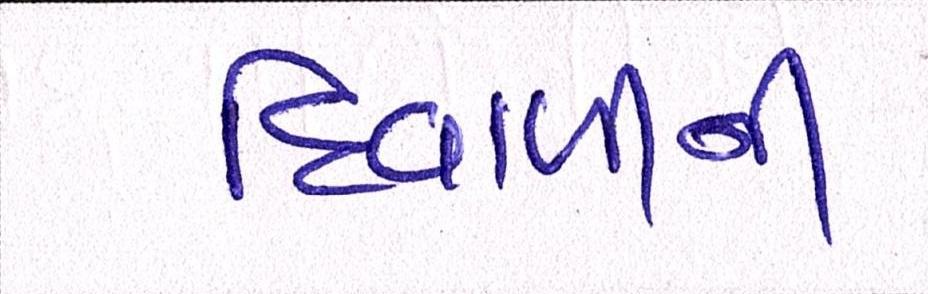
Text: દિવાળીની